Vaccination in Bombay 1924-1928 - 1924-1928
Year: 1924
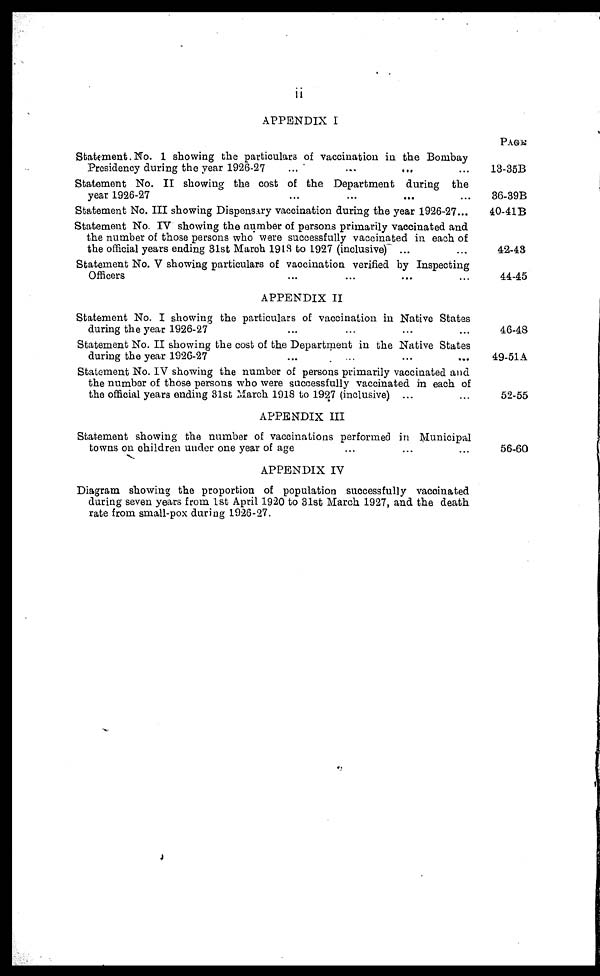
ii
APPENDIX I
Statement No. 1 showing the particulars of vaccination in the Bombay
Presidency during the year 1926-27 ... ... ... ...
Statement No. II showing the cost of the Department during the
year 1926-27 ... ... ... ...
Statement No. III showing Dispensary vaccination during the year 1926-27...
Statement No. IV showing the number of persons primarily vaccinated and
the number of those persons who were successfully vaccinated in each of
the official years ending 31st March 1918 to 1927 (inclusive) ... ...
Statement No. V showing particulars of vaccination verified by Inspecting
Officers ... ... ... ...
APPENDIX II
Statement No. I showing the particulars of vaccination in Native States
during the year 1926-27 ... ... ... ...
Statement No. II showing the cost of the Department in the Native States
during the year 1926-27 ... ... ... ...
Statement No. IV showing the number of persons primarily vaccinated and
the number of those persons who were successfully vaccinated in each of
the official years ending 31st March 1918 to 1927 (inclusive) ... ...
APPENDIX III
Statement showing the number of vaccinations performed in Municipal
towns on children under one year of age ... ... ...
APPENDIX IV
Diagram showing the proportion of population successfully vaccinated
during seven years from 1st April 1920 to 31st March 1927, and the death
rate from small-pox during 1926-27.
PAGE
13-35B
36-39B
40-41B
42-43
44-45
46-48
49-51A
52-55
56-60